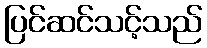
ပြင်ဆင်သင့်သည်